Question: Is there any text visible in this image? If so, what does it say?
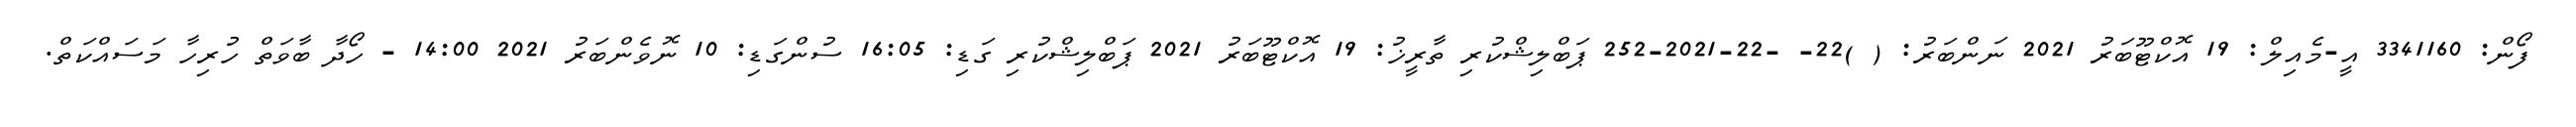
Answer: ފޯން: 3341160 އީ-މެއިލް: 19 އޮކްޓޫބަރު 2021 ނަންބަރު: ( )22- -22-2021-252 ޕަބްލިޝްކުރި ތާރީޚު: 19 އޮކްޓޫބަރު 2021 ޕަބްލިޝްކުރި ގަޑި: 16:05 ސުންގަޑި: 10 ނޮވެންބަރު 2021 14:00 - ހޯދާ ބާވަތް ހުރިހާ މަސައްކަތް.